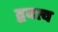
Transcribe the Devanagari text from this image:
द्ववत्व